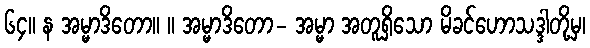
၆၄။ န အမ္မာဒိတော။ ။ အမ္မာဒိတော- အမ္မာ အတူရှိသော မိခင်ဟောသဒ္ဒါတို့မှ၊